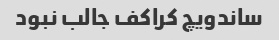
ساندویچ کراکف جالب نبود